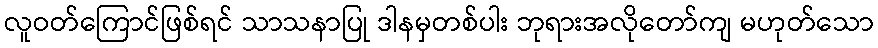
လူဝတ်ကြောင်ဖြစ်ရင် သာသနာပြု ဒါနမှတစ်ပါး ဘုရားအလိုတော်ကျ မဟုတ်သော